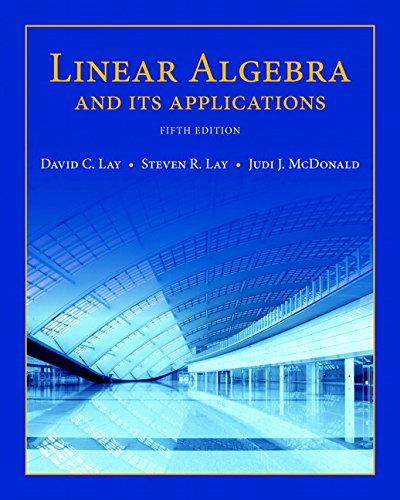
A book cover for Linear Algebra and Its Applications (5th Edition); David C. Lay; Science & Math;